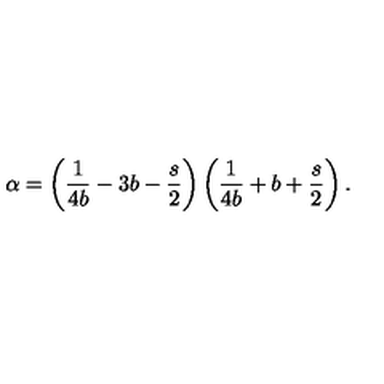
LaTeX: \alpha = \left( { \frac { 1 } { 4 b } } - 3 b - \frac { s } { 2 } \right) \left( { \frac { 1 } { 4 b } } + b + \frac { s } { 2 } \right) .